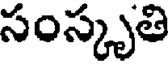
సంస్కృతి